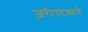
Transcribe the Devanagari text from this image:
जरीपटक्याचे